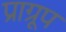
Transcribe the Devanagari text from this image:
प्राग्रूप